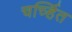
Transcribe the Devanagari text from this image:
चर्च्हित